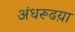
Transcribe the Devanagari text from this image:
अंधरूढय़ा